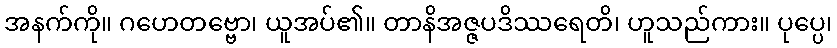
အနက်ကို။ ဂဟေတဗ္ဗော၊ ယူအပ်၏။ တာနိအဇ္ဇပဒိဿရေတိ၊ ဟူသည်ကား။ ပုပ္ပေ၊